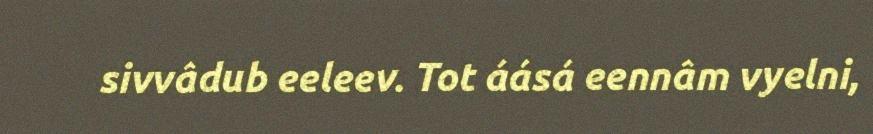
sivvâdub eeleev. Tot áásá eennâm vyelni,